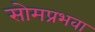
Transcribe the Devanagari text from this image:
सोमप्रभवा